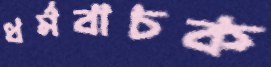
ধর্মবাচক